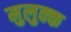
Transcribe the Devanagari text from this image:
मुलुक्क